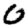
Digit: 0